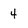
Character: 4